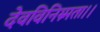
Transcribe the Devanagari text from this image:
देवविनिम्र्मता।।